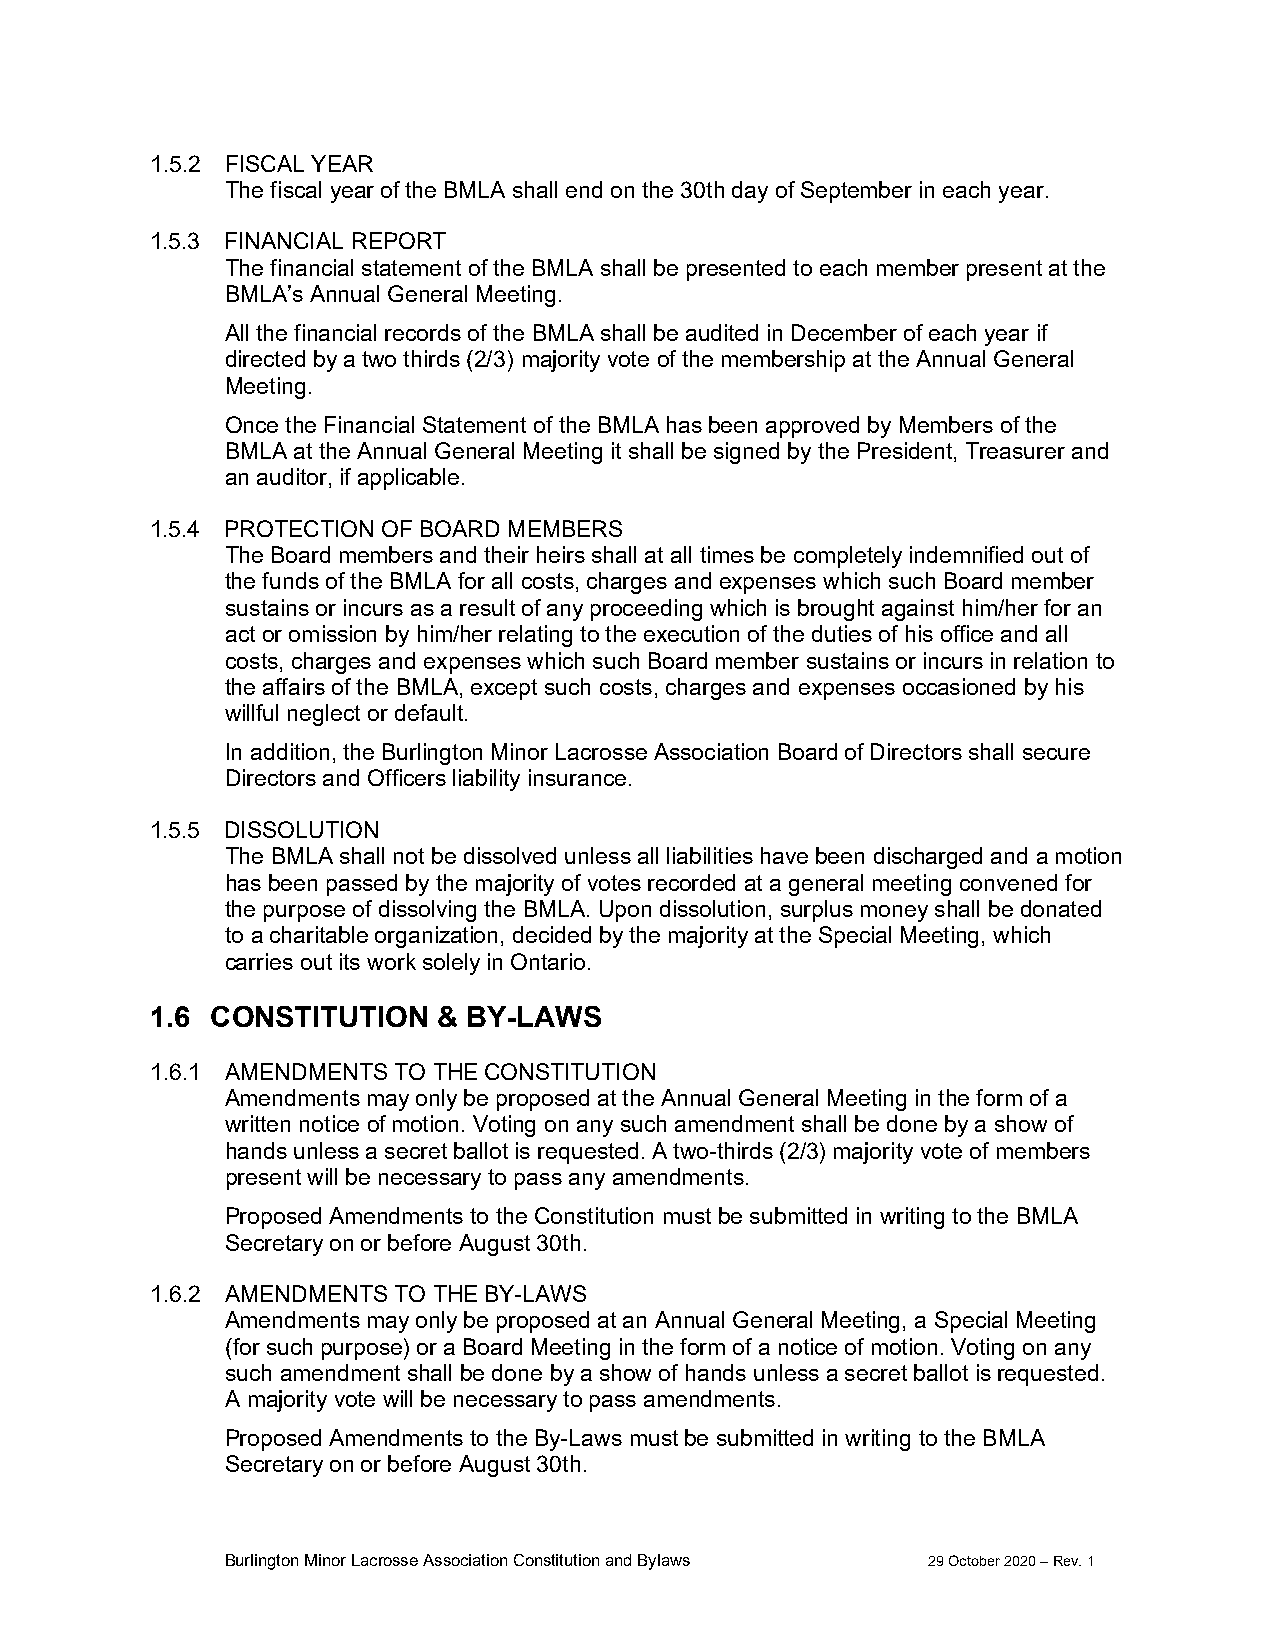
1.5.2 FISCAL YEAR
 The fiscal year of the BMLA shall end on the 30th day of September in each year.
 1.5.3 FINANCIAL REPORT
 The financial statement of the BMLA shall be presented to each member present at the
 BMLA’s Annual General Meeting.
 All the financial records of the BMLA shall be audited in December of each year if
 directed by a two thirds (2/3) majority vote of the membership at the Annual General
 Meeting.
 Once the Financial Statement of the BMLA has been approved by Members of the
 BMLA at the Annual General Meeting it shall be signed by the President, Treasurer and
 an auditor, if applicable.
 1.5.4 PROTECTION OF BOARD MEMBERS
 The Board members and their heirs shall at all times be completely indemnified out of
 the funds of the BMLA for all costs, charges and expenses which such Board member
 sustains or incurs as a result of any proceeding which is brought against him/her for an
 act or omission by him/her relating to the execution of the duties of his office and all
 costs, charges and expenses which such Board member sustains or incurs in relation to
 the affairs of the BMLA, except such costs, charges and expenses occasioned by his
 willful neglect or default.
 In addition, the Burlington Minor Lacrosse Association Board of Directors shall secure
 Directors and Officers liability insurance.
 1.5.5 DISSOLUTION
 The BMLA shall not be dissolved unless all liabilities have been discharged and a motion
 has been passed by the majority of votes recorded at a general meeting convened for
 the purpose of dissolving the BMLA. Upon dissolution, surplus money shall be donated
 to a charitable organization, decided by the majority at the Special Meeting, which
 carries out its work solely in Ontario.
 1.6 CONSTITUTION   & BY-LAWS
 1.6.1 AMENDMENTS TO THE CONSTITUTION
 Amendments may only be proposed at the Annual General Meeting in the form of a
 written notice of motion. Voting on any such amendment shall be done by a show of
 hands unless a secret ballot is requested. A two-thirds (2/3) majority vote of members
 present will be necessary to pass any amendments.
 Proposed Amendments to the Constitution must be submitted in writing to the BMLA
 Secretary on or before August 30th.
 1.6.2 AMENDMENTS TO THE BY-LAWS
 Amendments may only be proposed at an Annual General Meeting, a Special Meeting
 (for such purpose) or a Board Meeting in the form of a notice of motion. Voting on any
 such amendment shall be done by a show of hands unless a secret ballot is requested.
 A majority vote will be necessary to pass amendments.
 Proposed Amendments to the By-Laws must be submitted in writing to the BMLA
 Secretary on or before August 30th.
 Burlington Minor Lacrosse Association Constitution and Bylaws 29 October 2020 – Rev. 1